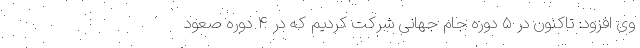
وی افزود: تاکنون در ۵ دوره جام جهانی شرکت کردیم که در ۴ دوره صعود